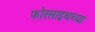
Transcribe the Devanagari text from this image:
फोरसाइथच्या